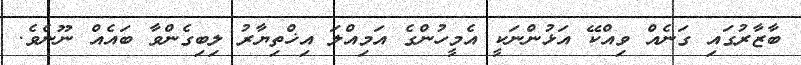
ބާޒާރުގައި ގަނެއް ވިއްކޭ އަޅުންނަކީ އެމީހުންގެ އަމިއްލަ އިޚްތިޔާރު ލިބިގެންވާ ބައެއް ނޫނެވެ.